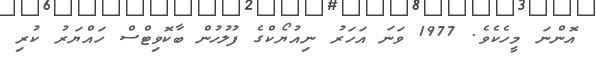
އޮންނަ މީހެކެވެ. 1977 ވަނަ އަހަރު ނިއުޔޯކްގެ ފުލުހުން ބާކޮވިޓްސް ހައްޔަރު ކުރި